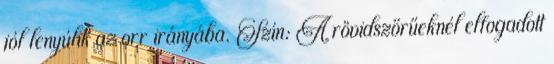
jól lenyúlik az orr irányába. Szín: A rövidszőrűeknél elfogadott